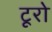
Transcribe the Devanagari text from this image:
टूरो